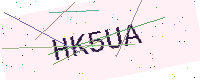
Text: HK5UA